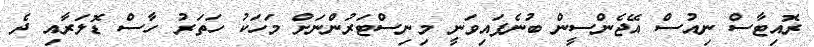
ރޮއިޓާސް ނިއުސް އޭޖެންސީން ބުނެފައިވަނީ މިނިސްޓަރުންނަށް މަހަކު ހަތަރު ހާސް ޑޮލަރާއި ދެ